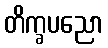
တိက္ခပညော